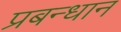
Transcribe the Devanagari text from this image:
प्रबन्धान